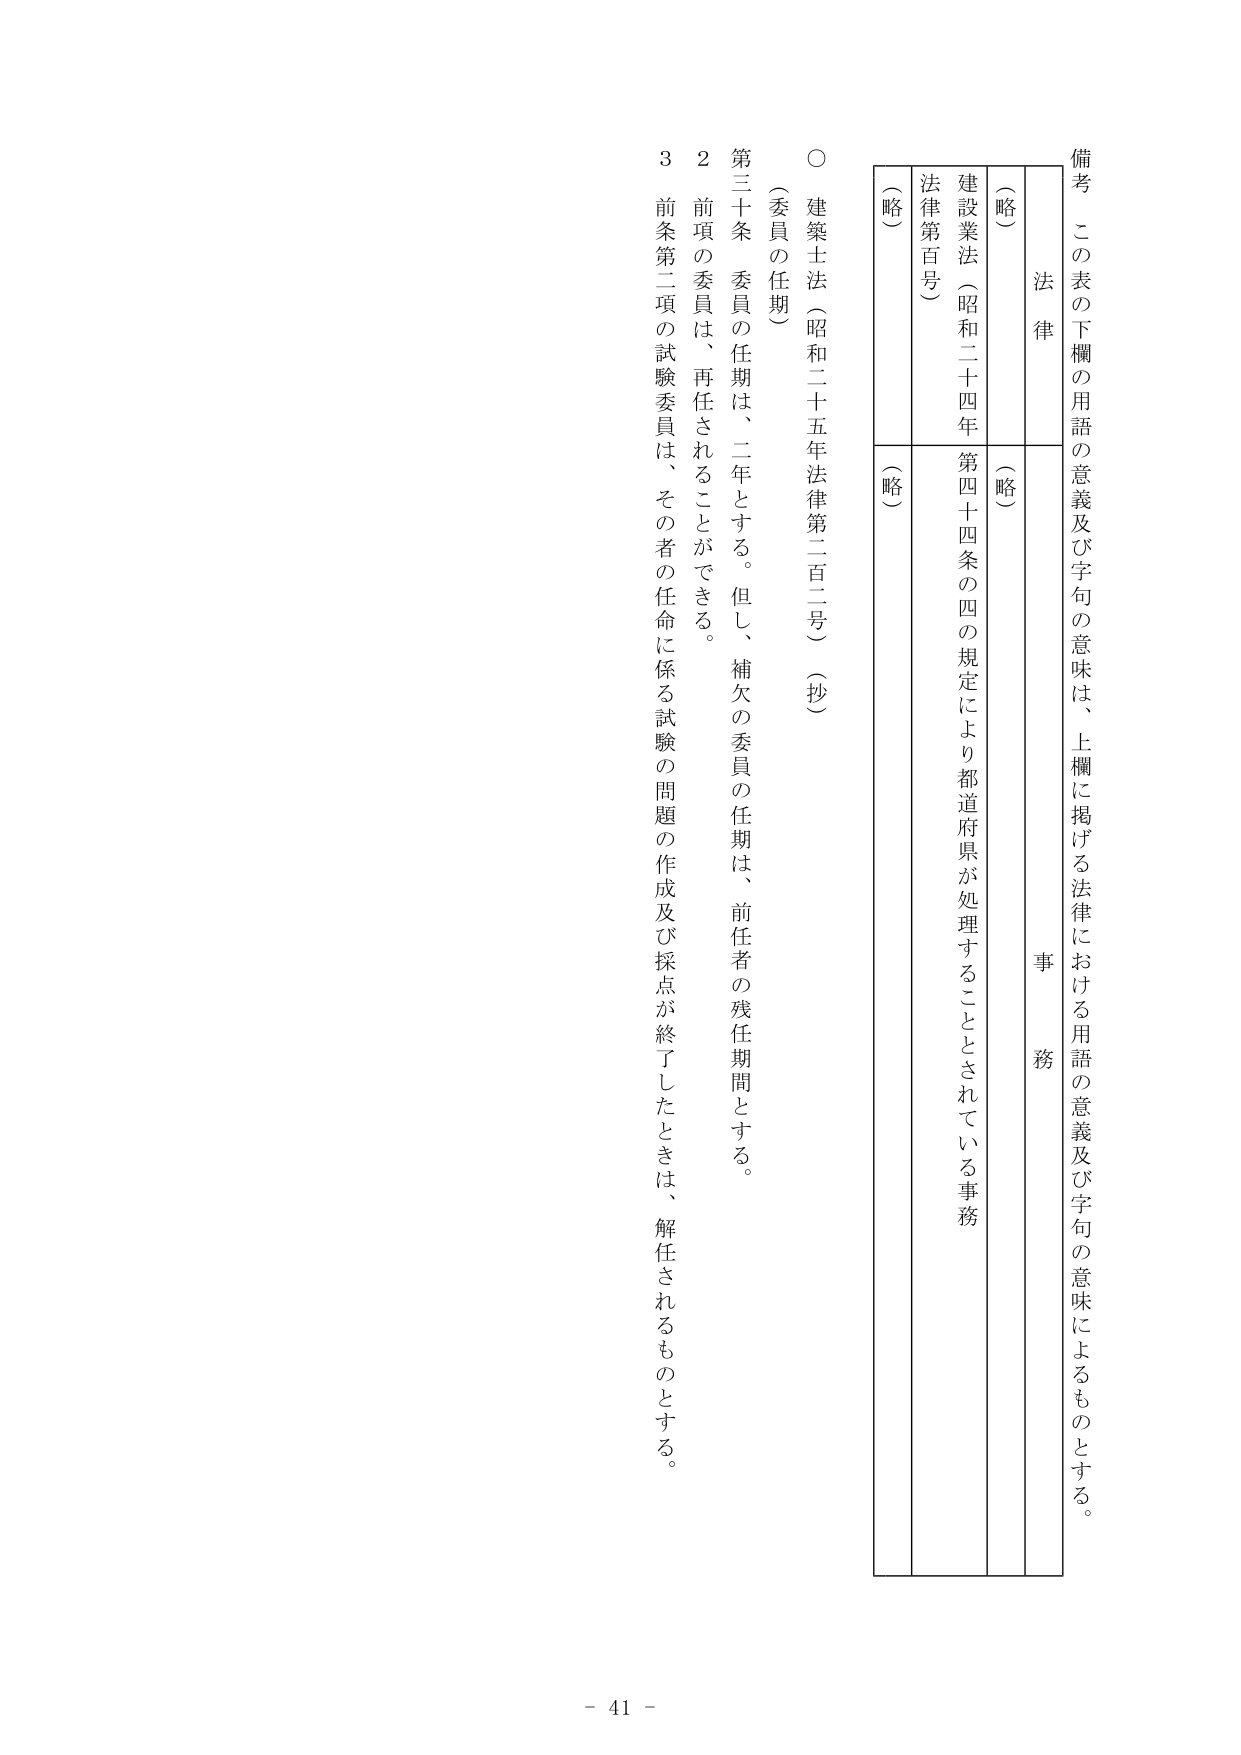
備考　この表の下欄の用語の意義及び字句の意味は、上欄に掲げる法律における用語の意義及び字句の意味によるものとする。

法律